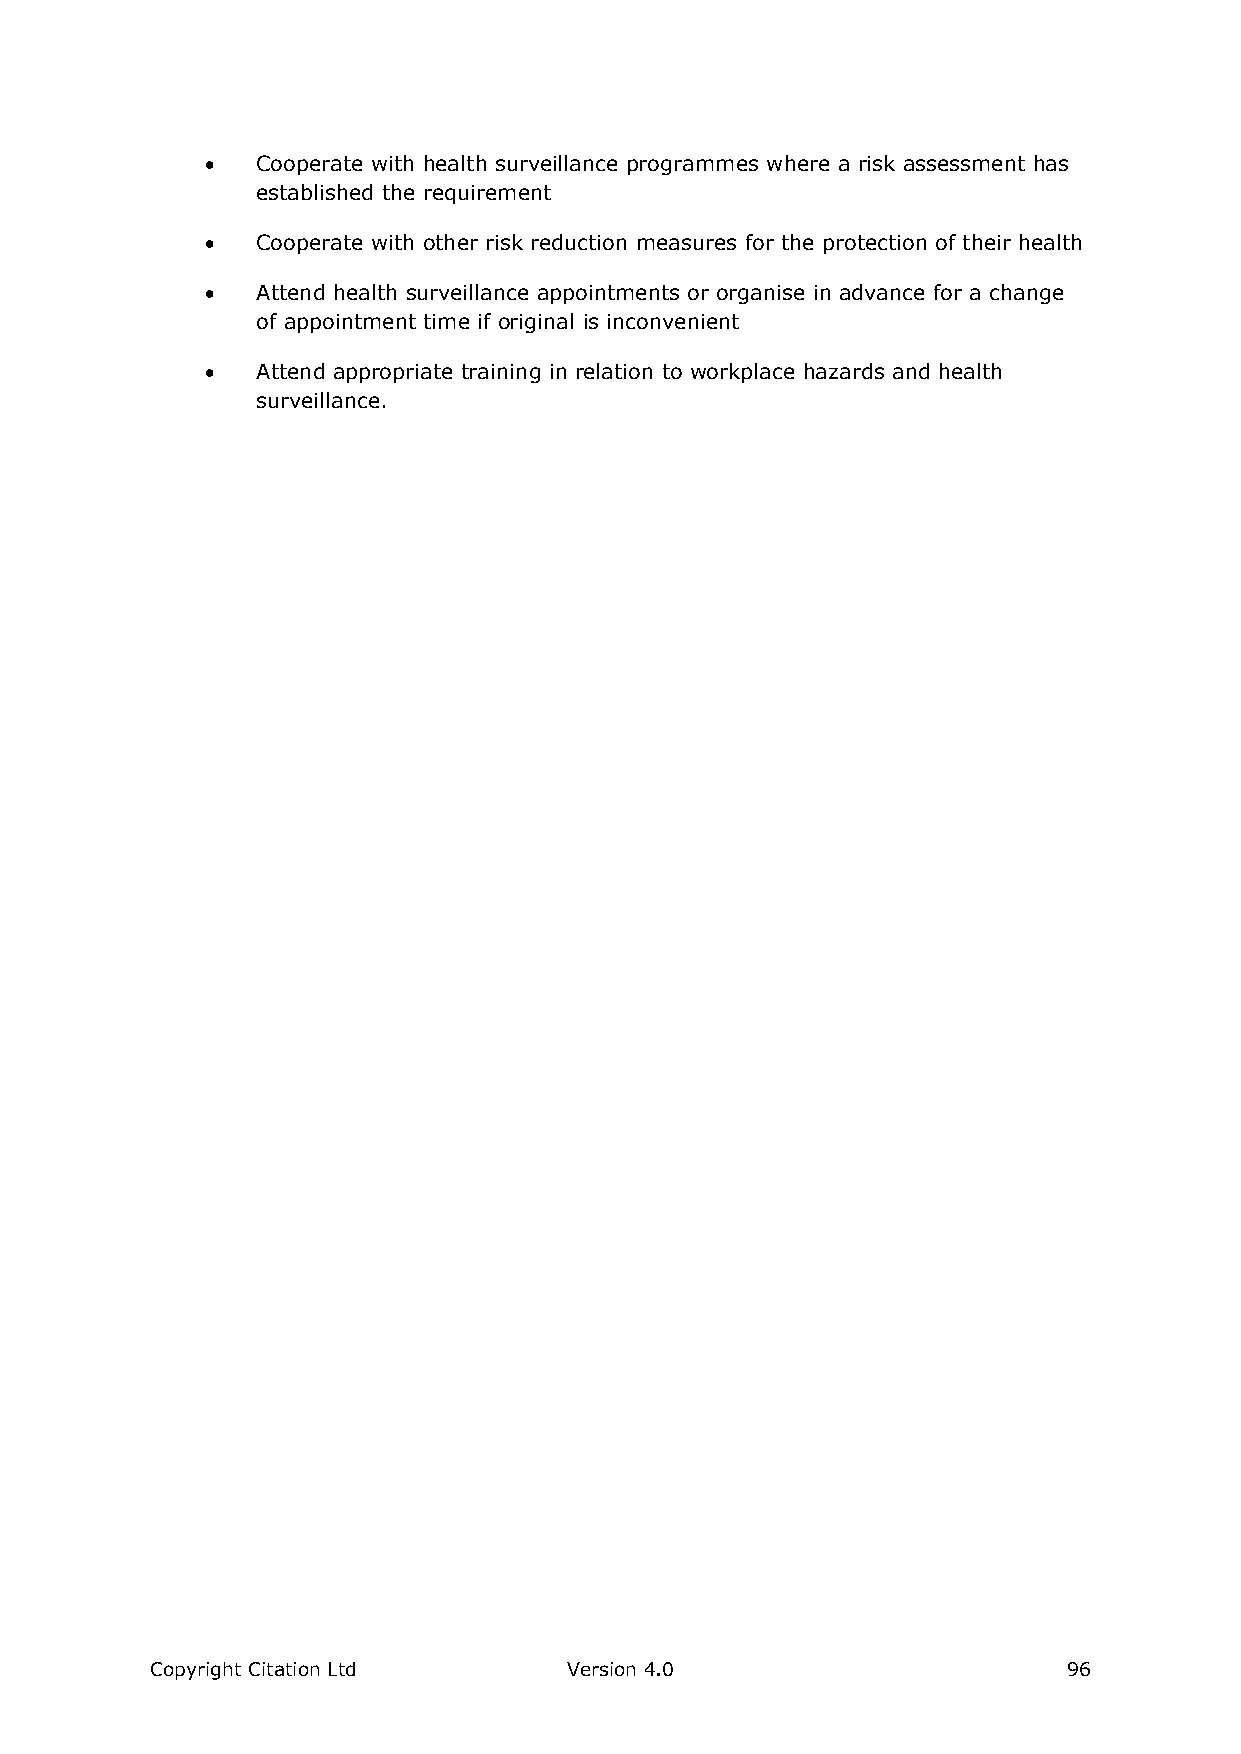
  Cooperate with health surveillance programmes where a risk assessment has
 established the requirement
   Cooperate with other risk reduction measures for the protection of their health
   Attend health surveillance appointments or organise in advance for a change
 of appointment time if original is inconvenient
   Attend appropriate training in relation to workplace hazards and health
 surveillance.
 Copyright Citation Ltd      Version 4.0                      96